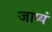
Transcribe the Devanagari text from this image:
जाप्यं